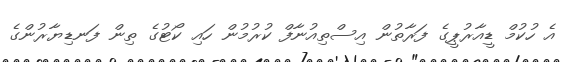
އެ ހުކުމް ޑީއާރުޕީގެ ފަރާތުން އިސްތިއުނާފް ކުރުމުން ހައި ކޯޓުގެ ތިން ފަނޑިޔާރުންގެ